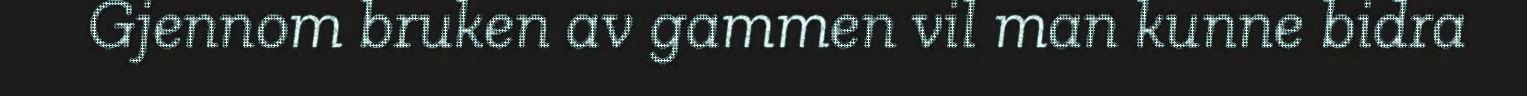
Gjennom bruken av gammen vil man kunne bidra